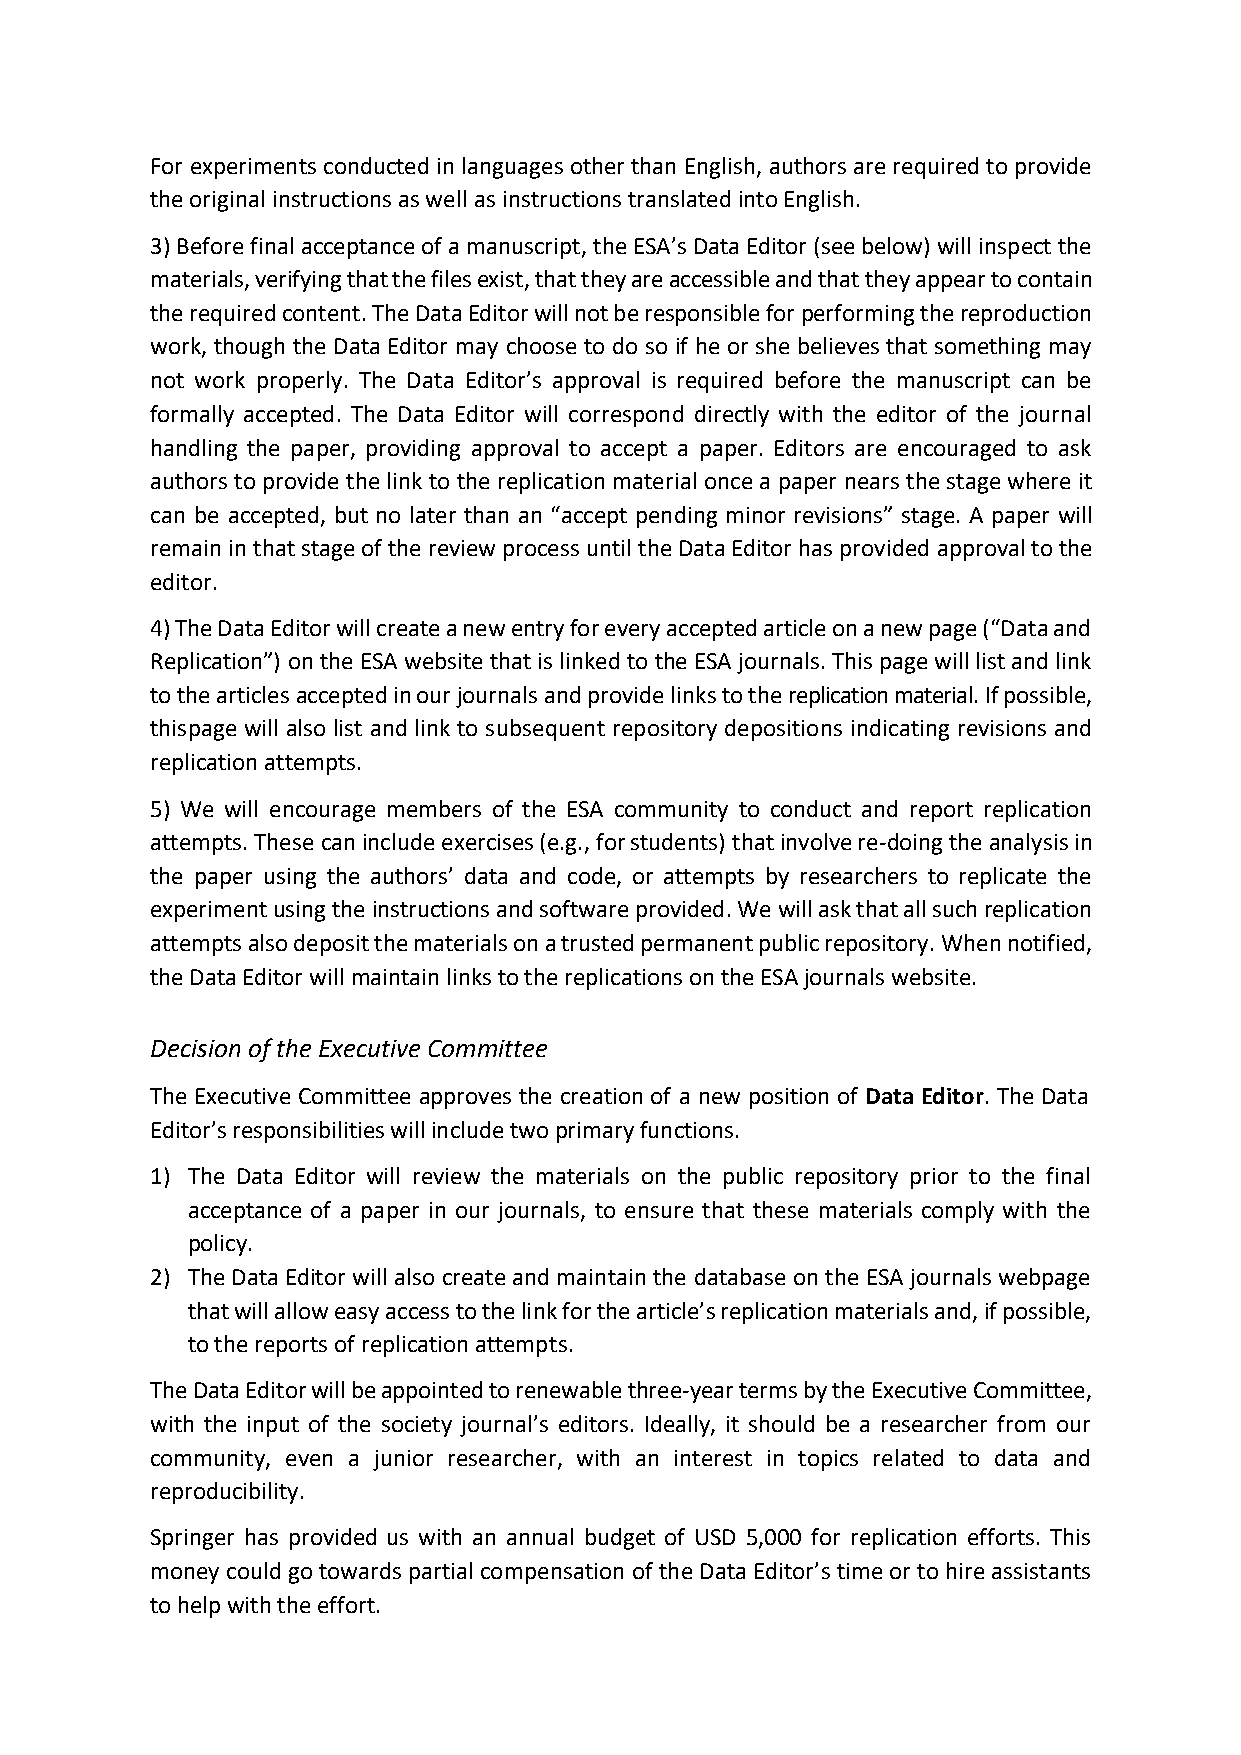
For experiments conducted in languages other than English, authors are required to provide
 the original instructions as well as instructions translated into English.
 3) Before final acceptance of a manuscript, the ESA’s Data Editor (see below) will inspect the
 materials, verifying that the files exist, that they are accessible and that they appear to contain
 the required content. The Data Editor will not be responsible for performing the reproduction
 work, though the Data Editor may choose to do so if he or she believes that something may
 not work properly. The Data Editor’s approval is required before the manuscript can be
 formally accepted. The Data Editor will correspond directly with the editor of the journal
 handling the paper, providing approval to accept a paper. Editors are encouraged to ask
 authors to provide the link to the replication material once a paper nears the stage where it
 can be accepted, but no later than an “accept pending minor revisions” stage. A paper will
 remain in that stage of the review process until the Data Editor has provided approval to the
 editor.
 4) The Data Editor will create a new entry for every accepted article on a new page (“Data and
 Replication”) on the ESA website that is linked to the ESA journals. This page will list and link
 to the articles accepted in our journals and provide links to the replication material. If possible,
 this page will also list and link to subsequent repository depositions indicating revisions and
 replication attempts.
 5) We will encourage members of the ESA community to conduct and report replication
 attempts. These can include exercises (e.g., for students) that involve re-doing the analysis in
 the paper using the authors’ data and code, or attempts by researchers to replicate the
 experiment using the instructions and software provided. We will ask that all such replication
 attempts also deposit the materials on a trusted permanent public repository. When notified,
 the Data Editor will maintain links to the replications on the ESA journals website.
 Decision of the Executive Committee
 The Executive Committee approves the creation of a new position of Data Editor. The Data
 Editor’s responsibilities will include two primary functions.
 1) The Data Editor will review the materials on the public repository prior to the final
 acceptance of a paper in our journals, to ensure that these materials comply with the
 policy.
 2) The Data Editor will also create and maintain the database on the ESA journals webpage
 that will allow easy access to the link for the article’s replication materials and, if possible,
 to the reports of replication attempts.
 The Data Editor will be appointed to renewable three-year terms by the Executive Committee,
 with the input of the society journal’s editors. Ideally, it should be a researcher from our
 community, even a junior researcher, with an interest in topics related to data and
 reproducibility.
 Springer has provided us with an annual budget of USD 5,000 for replication efforts. This
 money could go towards partial compensation of the Data Editor’s time or to hire assistants
 to help with the effort.